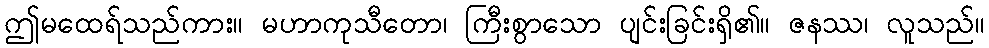
ဤမထေရ်သည်ကား။ မဟာကုသီတော၊ ကြီးစွာသော ပျင်းခြင်းရှိ၏။ ဇနဿ၊ လူသည်။